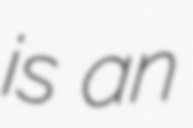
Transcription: is an